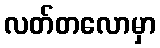
လတ်တလောမှာ